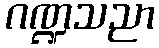
ဂဏ္ဍသညာ